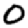
Digit: 0